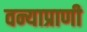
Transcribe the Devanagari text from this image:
वन्याप्राणी